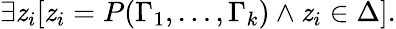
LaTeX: \exists\mathit{z}_{i}[\mathit{z}_{i}=P(\Gamma_{1},\dots,\Gamma_{k})\land\mathit{z}_{i}\in\Delta].